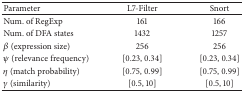
<table><thead><tr><td><b>Parameter</b></td><td><b>L7-Filter</b></td><td><b>Snort</b></td></tr></thead><tbody><tr><td>Num. of RegExp</td><td>161</td><td>166</td></tr><tr><td>Num. of DFA states</td><td>1432</td><td>1257</td></tr><tr><td><i>β</i> (expression size)</td><td>256</td><td>256</td></tr><tr><td>ψ (relevance frequency)</td><td>[0.23, 0.34]</td><td>[0.23, 0.34]</td></tr><tr><td><i>η</i> (match probability)</td><td>[0.75, 0.99]</td><td>[0.75, 0.99]</td></tr><tr><td><i>γ</i> (similarity)</td><td>[0.5, 10]</td><td>[0.5, 10]</td></tr></tbody></table>